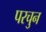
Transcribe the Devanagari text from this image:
परचुन